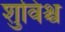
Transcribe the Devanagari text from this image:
शुविश्च